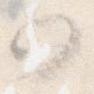
か